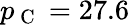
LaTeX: p_{\mathrm{~C~}}=27.6